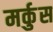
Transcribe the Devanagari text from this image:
मर्कुस